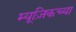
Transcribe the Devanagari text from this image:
म्यूज़िकच्या